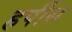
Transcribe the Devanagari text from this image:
हर्पीस